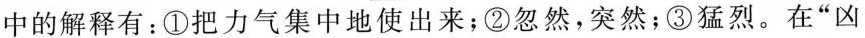
中的解释有：①把力气集中地使出来；②忽然，突然；③猛烈。在”凶